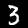
Digit: 3